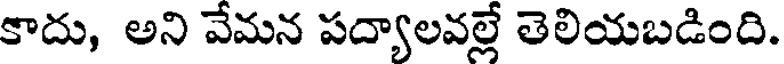
కాదు, అని వేమన పద్యాలవల్లే తెలియబడింది.